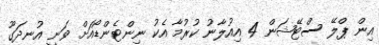
އިން ޕްލޭ ސްޓޭޝަން 4 އިއުލާނު ކުރުމާ އެކު ނިންޓެންޑޯއަށް ވަނީ އުނދަގޫ